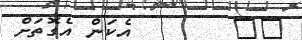
٤٠        އެކަން އެގޮތަށް